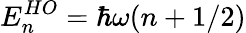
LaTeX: E_{n}^{HO}=\hbar\omega(n+1/2)